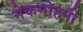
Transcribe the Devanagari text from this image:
मेकमोहनी